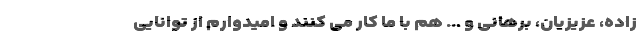
زاده، عزیزیان، برهانی و ... هم با ما کار می کنند و امیدوارم از توانایی